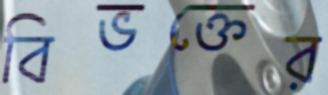
বিভক্তের